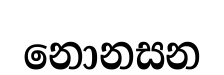
නොනසන